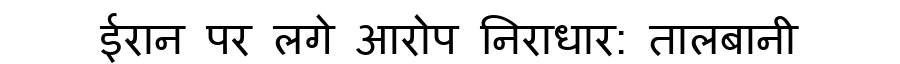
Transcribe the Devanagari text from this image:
ईरान पर लगे आरोप निराधार: तालबानी